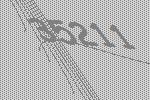
35211